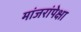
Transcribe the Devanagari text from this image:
मांजरांपेक्षा